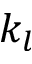
k _ { l }